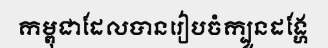
កម្ពុជាដែលបានរៀបចំក្បួនដង្ហែ